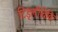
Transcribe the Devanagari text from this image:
टिड्लीविकि